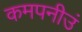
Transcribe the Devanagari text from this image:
कमपनीउं